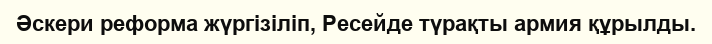
Әскери реформа жүргізіліп, Ресейде түрақты армия құрылды.